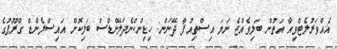
އެއްވަރުލެޓްވިއާ އަތުން ބަލިވެއްޖެ ނަމަ އިސްތިއުފާ ދޭނަން: ހިޑިންކްނެދަލޭންޑްސް ބަލިކޮށް އައިސްލެންޑް ގްރޫޕުގެ